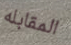
المقابله